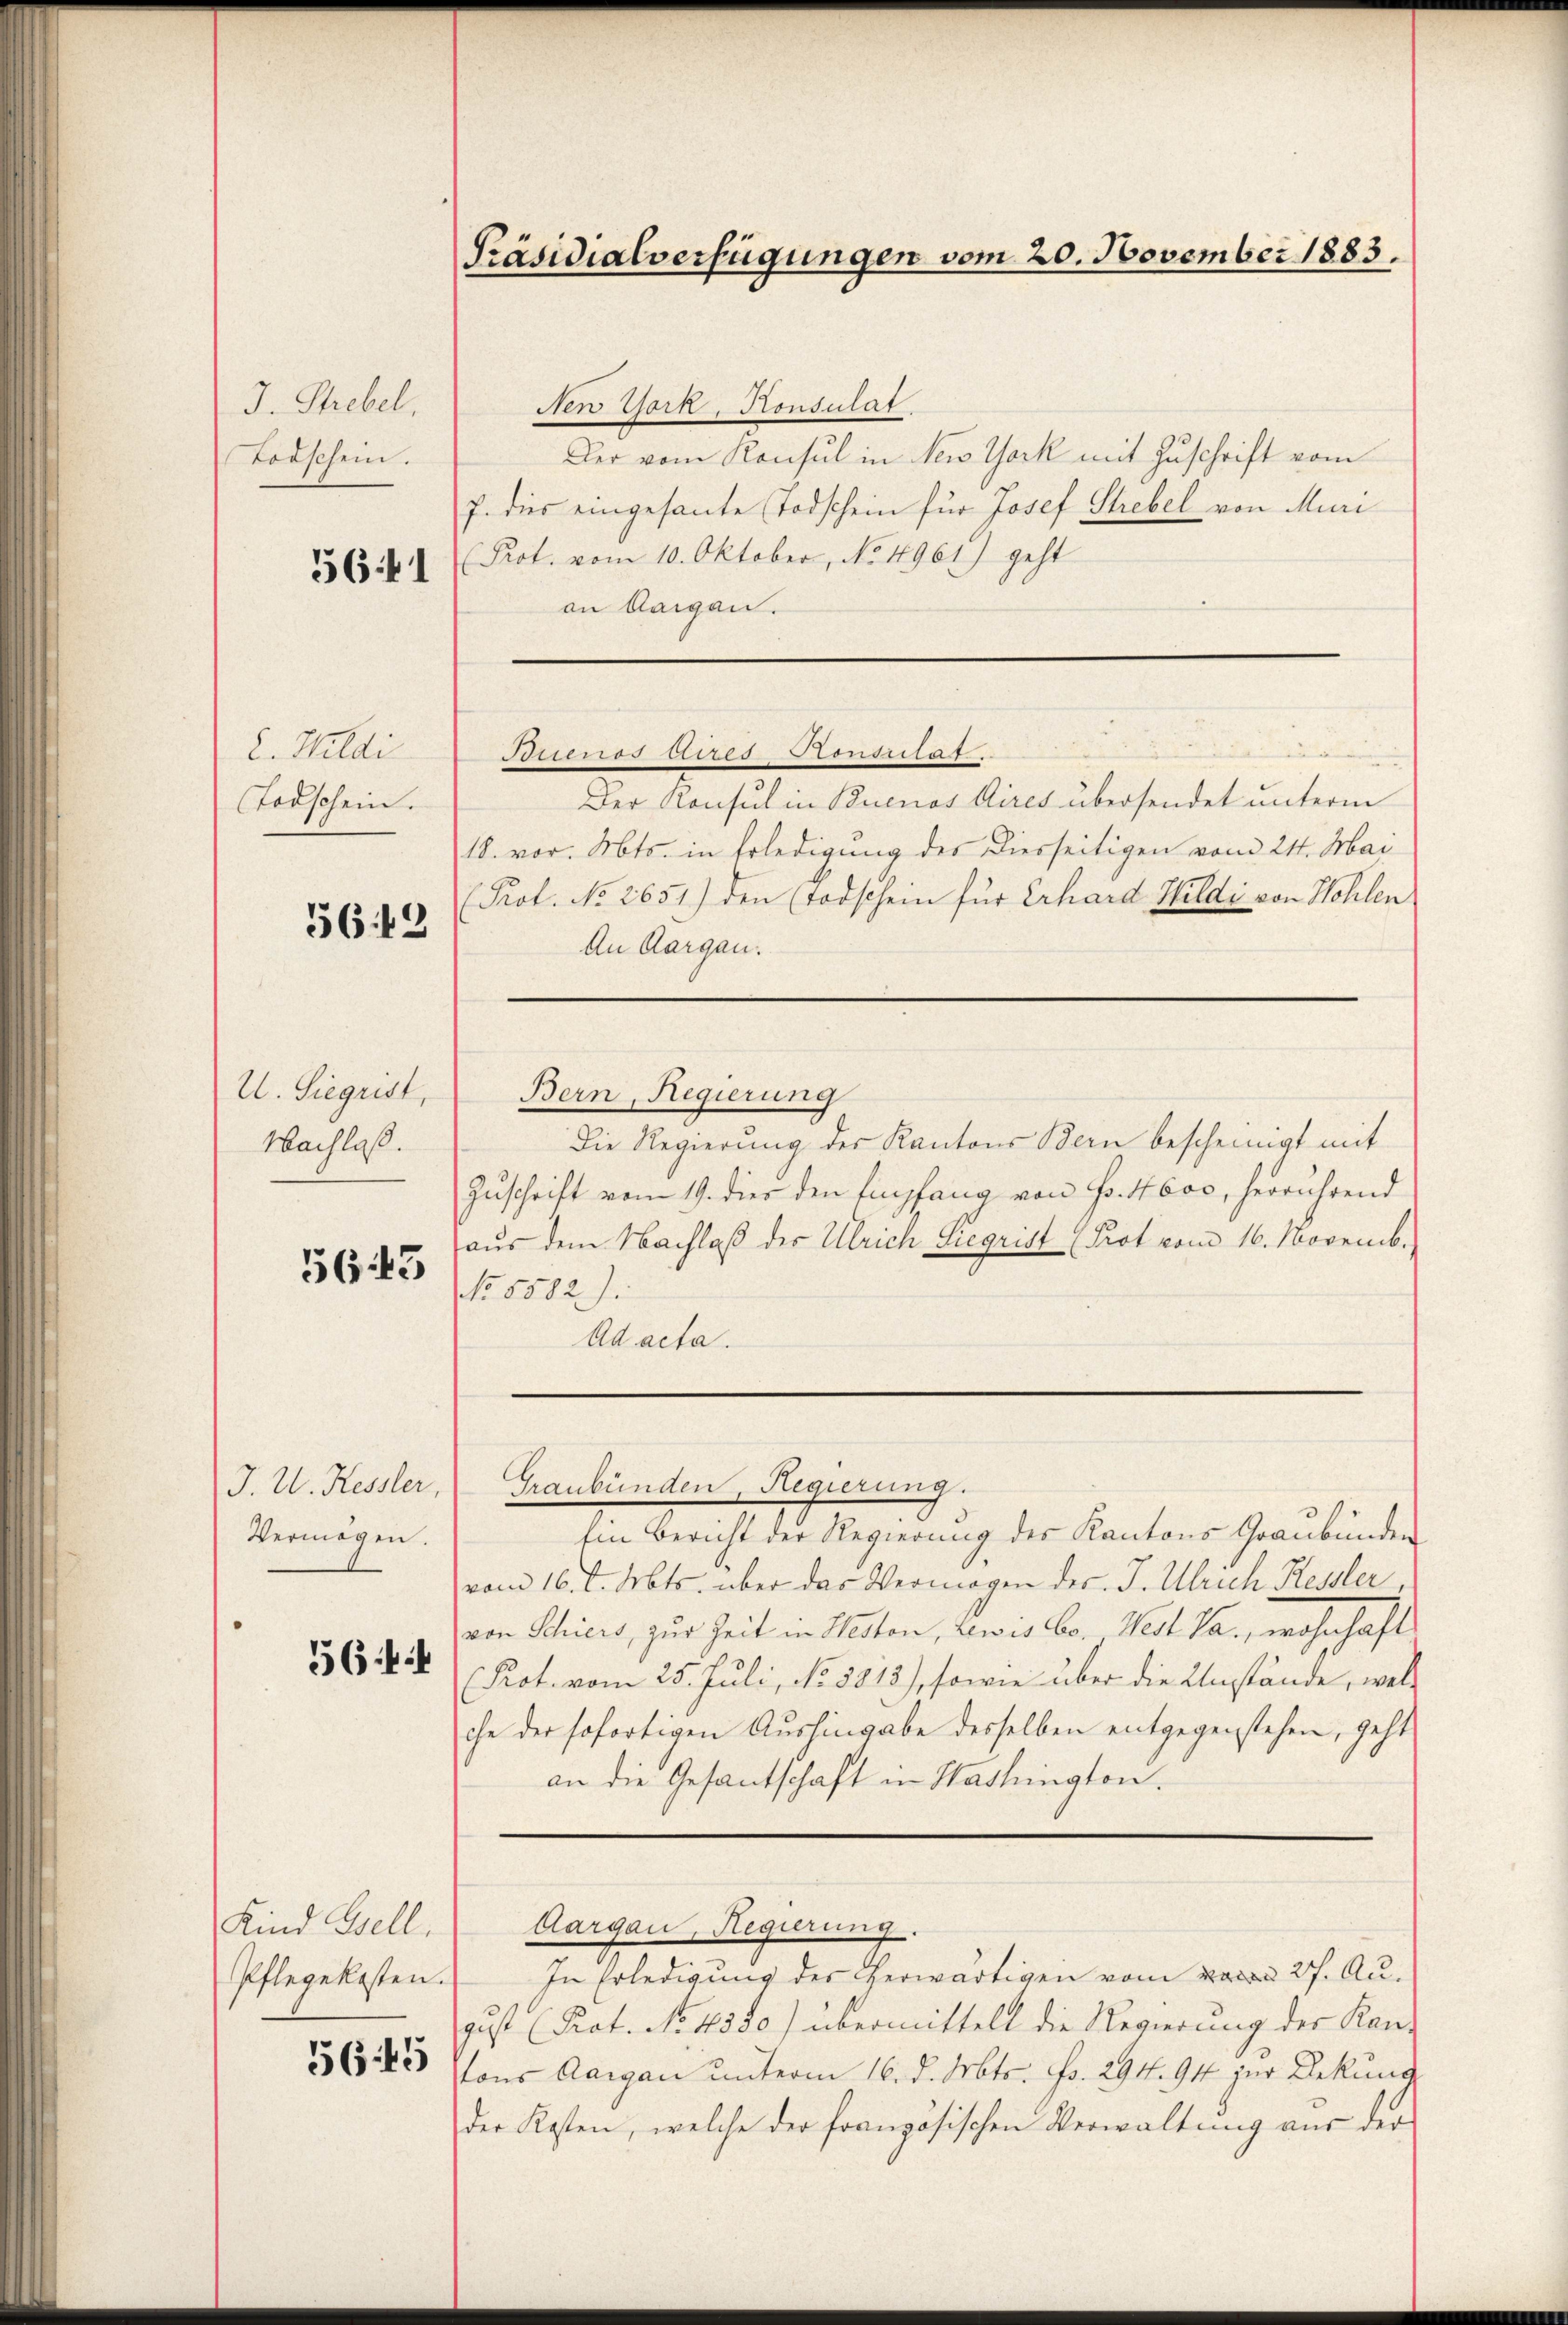
J. Strebel,
Todschein.
5641

2. Wildi
Todschein.

5649

U. Siegrist,
Nachlaß.

5643

J. U. Kessler,
Vermögen.
36

Kind Gsell
Pflegekosten.

56:45

Präsidialverfügungen vom 20. November 1883.

New York, Konsulat
Der vom Konsul in New York mit Zuschrift vom
7. dies eingesante Todschein für Josef Strebel von Muri
Prot. vom 10. Oktober, No. 4961) geht
on Aargau.
Ptituos Aires Consiilat
Der Konsul in Buenos Aires übersendet unterm
18. vor. Mts. in Erledigung des Diesseitigen vom 24. Mai
(Prof. No. 2651) den (Todschein für Erhard Wildi von Hohlen
An Aargau.

Bern, Regierung

Graubünden, Regierung.

Die Regierung des Kantons Bern bescheinigt mit
Zuschrift vom 19. dies den Empfang von Fr. 4600, herrührend
aus dem Nachlaβ des Ulrich Siegrist (Prot vom 16. Novemb.
No. 5582).
Ad acta.
Ein Bericht der Regierung des Kantons Graubünden
vom 16. d. Mts. über das Vermögen des J. Ulrich Kessler
von Schier, zur Zeit in Neston, Lewes Co. Wert Pa., wohnhaft
Prot. vom 25. Juli, No. 5813), sowie über die Umstände, welc
che der sofortigen Aushingabe desselben entgegenstehen, geht
an die Gesantschaft in Washington.
Aargau, Regierung
In Erledigung des herwärtigen vom Baden 27. August (Prot. No. 4380) übermittelt die Regierung der Kantons Aargau unterm 16. d. Mts. Fs. 294. 94 zur Bekund
der Kosten, welche der französischen Verwaltung aus der